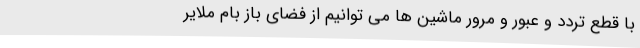
با قطع تردد و عبور و مرور ماشین ها می توانیم از فضای باز بام ملایر